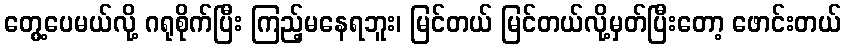
တွေ့ပေမယ်လို့ ဂရုစိုက်ပြီး ကြည့်မနေရဘူး၊ မြင်တယ် မြင်တယ်လို့မှတ်ပြီးတော့ ဖောင်းတယ်